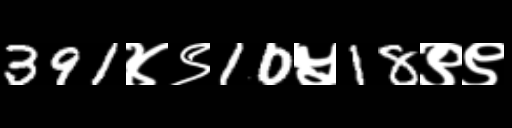
Text: 391४९10५18९९